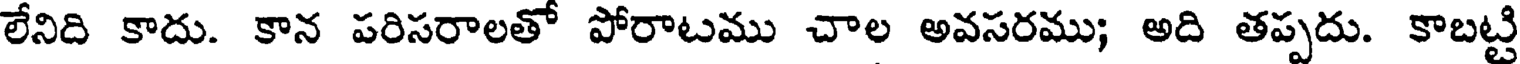
లేనిది కాదు. కాన పరిసరాలతో పోరాటము చాల అవసరము; అది తప్పదు. కాబట్టి